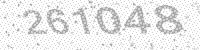
Solution: 261048